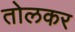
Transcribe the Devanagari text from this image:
तोलकर